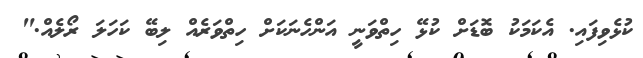
ކުޅެވިފައި. އެކަމަކު ބޮޑަށް ކުޅޭ ހިތްވަނީ އަންހެނަކަށް ހިތްވަރެއް ލިބޭ ކަހަލަ ރޯލެއް."